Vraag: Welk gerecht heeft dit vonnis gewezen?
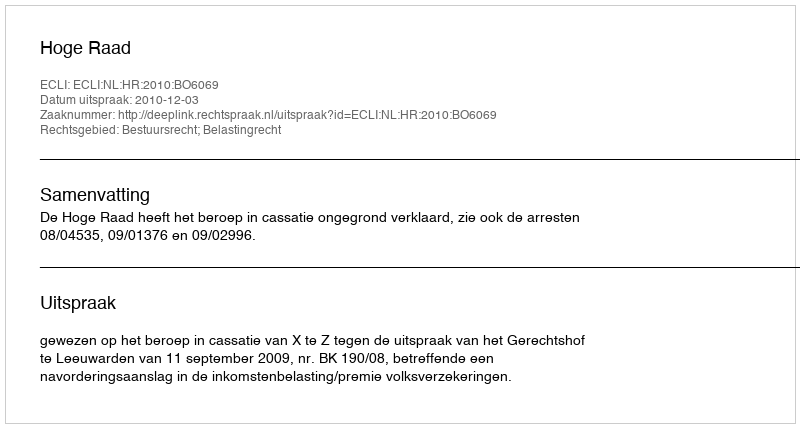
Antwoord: Hoge Raad